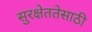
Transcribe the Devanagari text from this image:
सुरक्षेततेसाठी